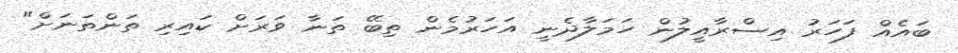
ބައެއް ފަހަރު އިސްރާއީލުން ހަމަލާދެނީ އަހަރުމެން ތިބޭ ތަނާ ވަރަށް ކައިރި ތަންތަނަށް"